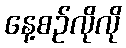
နေ့စဉ်လိုလို